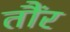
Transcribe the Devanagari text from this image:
तौंर